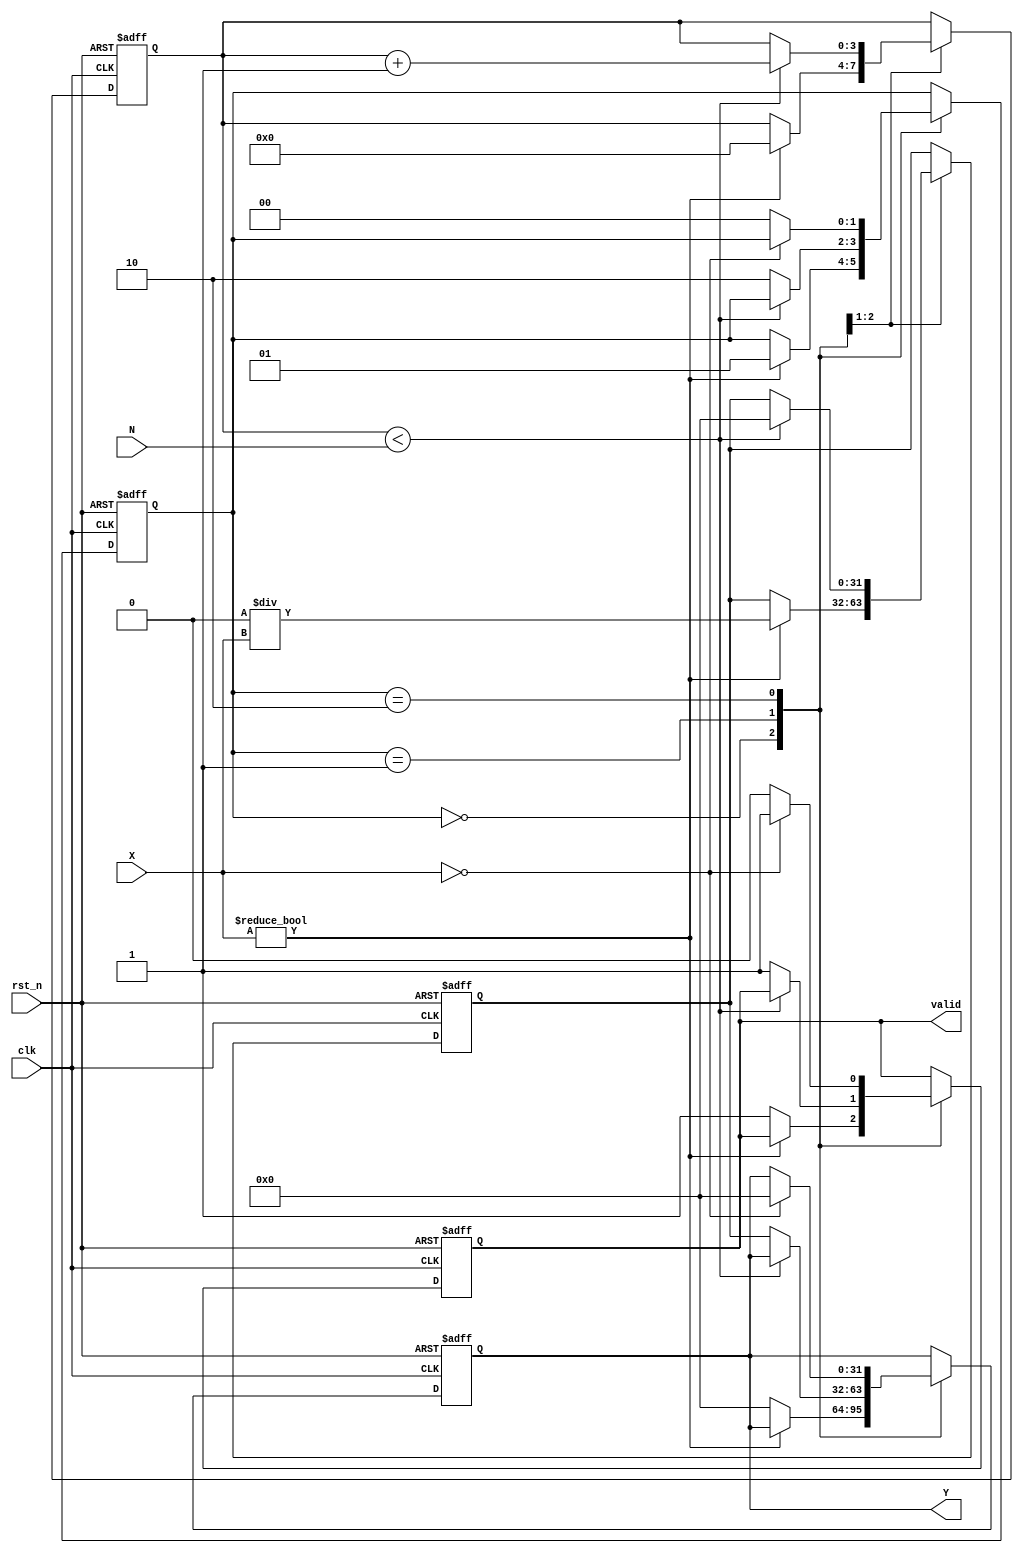
module fractional_order_reciprocal #(
    parameter WIDTH_X = 16,  // Width of input signal
    parameter WIDTH_Y = 32,  // Width of output signal
    parameter FRACTIONAL_ORDER_WIDTH = 8 // Width for fractional order
)(
    input wire clk,                       // Clock signal
    input wire rst_n,                     // Active low reset
    input wire signed [WIDTH_X-1:0] X,   // Input signal
    input wire [FRACTIONAL_ORDER_WIDTH-1:0] N, // Fractional order
    output reg signed [WIDTH_Y-1:0] Y,    // Output signal
    output reg valid                      // Output valid signal
);

    // Internal signals
    reg signed [WIDTH_Y-1:0] approx;      // Approximation of reciprocal
    reg [3:0] count;                      // Iteration counter
    reg [1:0] state;                      // State machine for control logic

    // State encoding
    localparam IDLE = 2'b00;
    localparam CALC = 2'b01;
    localparam DONE = 2'b10;

    // Initial conditions
    initial begin
        Y = 0;
        approx = 0;
        count = 0;
        valid = 0;
        state = IDLE;
    end

    // State machine for control logic
    always @(posedge clk or negedge rst_n) begin
        if (!rst_n) begin
            Y <= 0;
            approx <= 0;
            count <= 0;
            valid <= 0;
            state <= IDLE;
        end else begin
            case (state)
                IDLE: begin
                    if (X != 0) begin
                        approx <= (1 << WIDTH_Y) / X; // Initial approximation
                        count <= 0;
                        state <= CALC;
                    end else begin
                        Y <= 0; // Handle division by zero
                        valid <= 1;
                    end
                end

                CALC: begin
                    if (count < N) begin
                        approx <= approx * (2 - X * approx) >> WIDTH_Y; // Newton-Raphson iteration
                        count <= count + 1;
                    end else begin
                        Y <= approx; // Final result
                        valid <= 1;
                        state <= DONE;
                    end
                end

                DONE: begin
                    // Wait for next input
                    if (X == 0) begin
                        Y <= 0; // Handle division by zero
                        valid <= 1;
                    end else begin
                        valid <= 0;
                        state <= IDLE;
                    end
                end
            endcase
        end
    end

endmodule